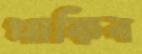
পাকিব